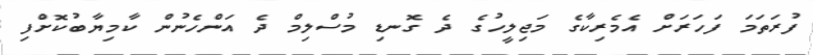
ފުރަތަމަ ފަހަރަށް އެމެރިކާގެ މަޖިލީހުގެ ދެ ގޮނޑި މުސްލިމް ދެ އަންހެނުން ކާމިޔާބުކޮށްފި